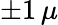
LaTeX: \pm 1\, \mu